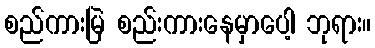
စည်ကားမြဲ စည်းကားနေမှာပေါ့ ဘုရား။